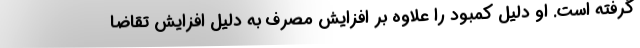
گرفته است. او دلیل کمبود را علاوه بر افزایش مصرف به دلیل افزایش تقاضا